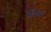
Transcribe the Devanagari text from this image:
गोय